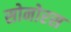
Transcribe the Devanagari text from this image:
सोनोरस